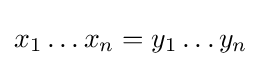
x_{1}\dots x_{n}=y_{1}\dots y_{n}